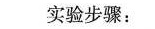
实验步骤：